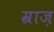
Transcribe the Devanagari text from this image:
म्राज़